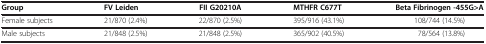
| Group | FV Leiden | FII G20210A | MTHFR C677T | Beta Fibrinogen -455G>A |
 | --- | --- | --- | --- | --- |
 | Female subjects | 21/870 (2.4%) | 22/870 (2.5%) | 395/916 (43.1%) | 108/744 (14.5%) |
 | Male subjects | 21/848 (2.5%) | 21/848 (2.5%) | 365/902 (40.5%) | 78/564 (13.8%) |